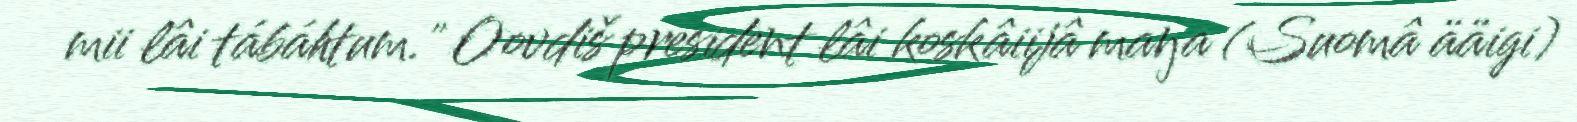
mii lâi tábáhtum." Oovdiš president lâi koskâiijâ maŋa (Suomâ ääigi)